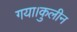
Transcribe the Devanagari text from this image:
गया।कुलीन